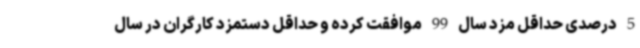
5 درصدی حداقل مزد سال 99 موافقت کرده و حداقل دستمزد کارگران در سال